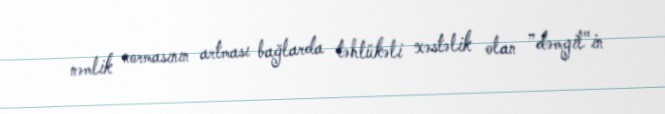
nəmlik normasının artması bağlarda təhlükəli xəstəlik olan ”dəmgil"in